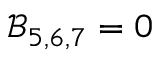
\mathcal { B } _ { 5 , 6 , 7 } = 0